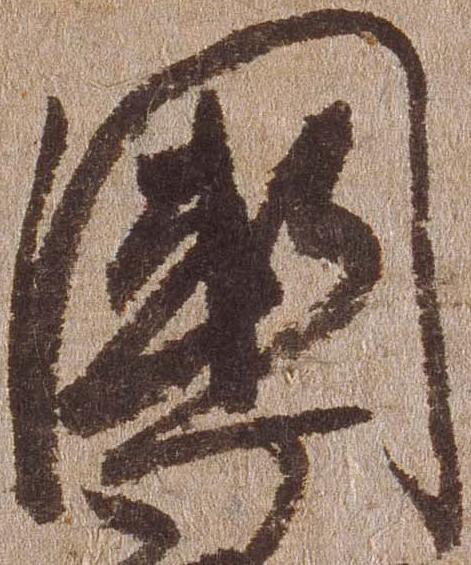
国